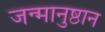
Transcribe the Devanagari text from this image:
जन्मानुष्ठान